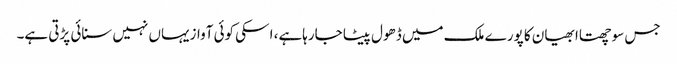
جس سوچھتاا بھیان کا پورے ملک میں ڈھول پیٹا جارہاہے، ا سکی کوئی آوازیہاں نہیں سنائی پڑتی ہے۔